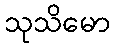
သုသိမော